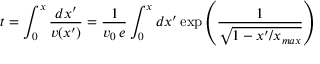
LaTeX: t = \int _ { 0 } ^ { x } { \frac { d x ^ { \prime } } { v ( x ^ { \prime } ) } } = { \frac { 1 } { v _ { 0 } \, e } } \int _ { 0 } ^ { x } d x ^ { \prime } \exp \left( { \frac { 1 } { \sqrt { 1 - x ^ { \prime } / x _ { m a x } } } } \right)